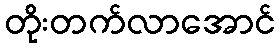
တိုးတက်လာအောင်